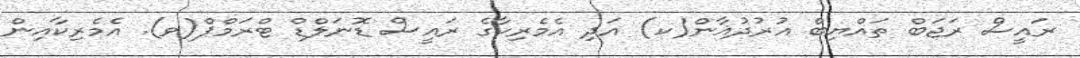
ރައީސް ރަޖަބް ތައްޔިބް އުރުދުޣާން(ކ) އަދި އެމެރިކާގެ ރައީސް ޑޮނަލްޑް ޓްރަމްޕް(ވ). އެމެރިކާއިން